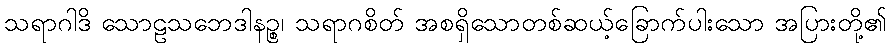
သရာဂါဒိ သောဠသဘေဒါနဉ္စ၊ သရာဂစိတ် အစရှိသောတစ်ဆယ့်ခြောက်ပါးသော အပြားတို့၏